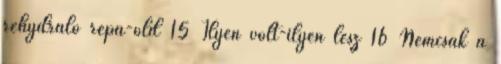
rehydráló répa-old 15 Ilyen volt-ilyen lesz 16 Nemcsak a